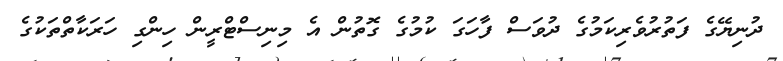
ދުނިޔޭގެ ފަތުރުވެރިކަމުގެ ދުވަސް ފާހަގަ ކުމުގެ ގޮތުން އެ މިނިސްޓްރީން ހިންގި ހަރަކާތްތަކުގެ